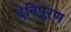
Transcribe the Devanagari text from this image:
देविपुरण